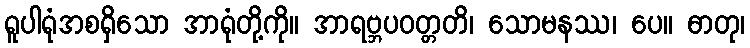
ရူပါရုံအစရှိသော အာရုံတို့ကို။ အာရဗ္ဘပဝတ္တတိ၊ သောမနဿ၊ ပေ။ ဓာတု၊